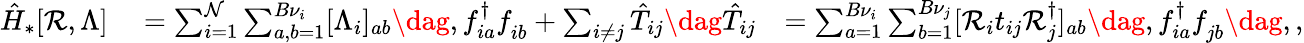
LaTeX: \begin{array}{rlr}{\hat{H}_{*}[\mathcal{R},\Lambda]}&{{}=\sum_{i=1}^{\mathcal{N}}\sum_{a,b=1}^{{B}\nu_{i}}[\Lambda_{i}]_{ab}\dag,f_{ia}^{\dagger}f_{ib}^{\phantom{\dagger}}+\sum_{i\neq j}\hat{T}_{ij}\dag\hat{T}_{ij}}&{=\sum_{a=1}^{B\nu_{i}}\sum_{b=1}^{B\nu_{j}}[\mathcal{R}_{i}t_{ij}\mathcal{R}_{j}^{\dagger}]_{ab}\dag,f_{ia}^{\dagger}f_{jb}^{\phantom{\dagger}}\dag,,}\end{array}